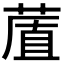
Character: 𦷔